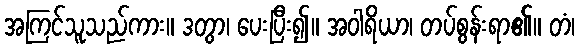
အကြင်သူသည်ကား။ ဒတွာ၊ ပေးပြီး၍။ အဝါရိယာ၊ တပ်စွန်းရာ၏။ တံ၊